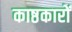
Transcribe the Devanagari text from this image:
काष्ठकारों